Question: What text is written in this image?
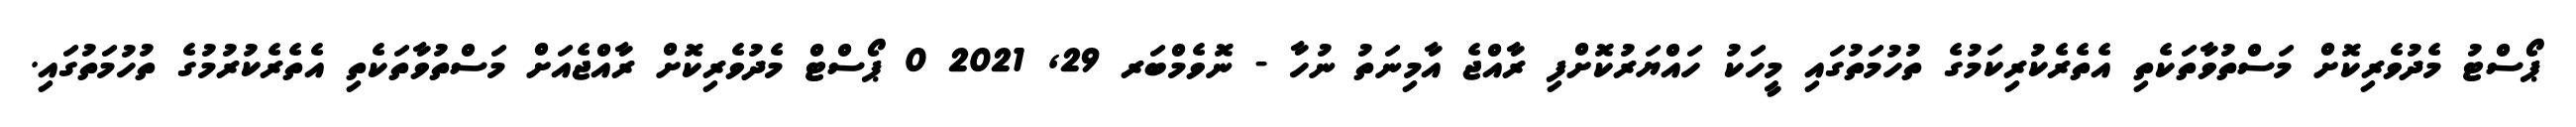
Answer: ޕޯސްޓު މެދުވެރިކޮށް މަސްތުވާތަކެތި އެތެރެކުރިކަމުގެ ތުހުމަތުގައި މީހަކު ހައްޔަރުކޮށްފި ރާއްޖެ އާމިނަތު ނުހާ - ނޮވެމްބަރ 29, 2021 0 ޕޯސްޓް މެދުވެރިކޮށް ރާއްޖެއަށް މަސްތުވާތަކެތި އެތެރެކުރުމުގެ ތުހުމަތުގައި.